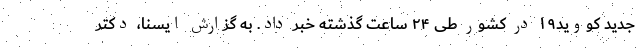
جدید کووید۱۹ در کشور طی ۲۴ ساعت گذشته خبر داد. به گزارش ایسنا، دکتر